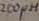
Text: 200 H